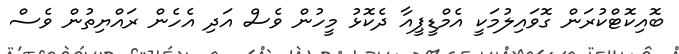
ބޮއިކޮޓްކުރަން ގޮވައިލުމަކީ އެމްޑީޕީއާ ދެކޮޅު މީހުން ވެސް އަދި އެހެން ރައްޔިތުން ވެސް